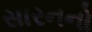
સારનનો